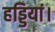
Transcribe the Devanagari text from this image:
हड्डियां।